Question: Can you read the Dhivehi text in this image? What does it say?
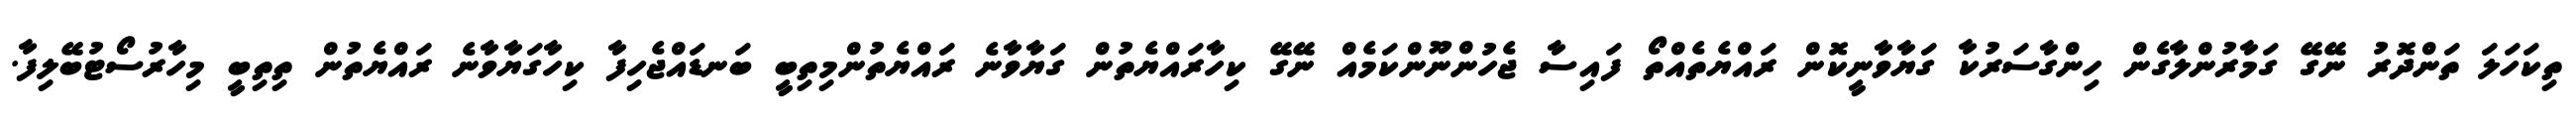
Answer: ތިކަހަލަ ތަންދޮރު ނޭގޭ ގަމާރުންލާގެން ހިންގާސަރުކާ ގަޔާވާނީކޮން ރައްޔެތެއްތޯ ފައިސާ ޖެހުންނޫންކަމެއް ނޭގޭ ކިހާރައްޔެތުން ގަޔާވާނެ ރައްޔެތުންމިތިބީ ބަނޑައްޖެހިފާ ކިހާގަޔާވާނެ ރައްޔެތުން ތިތިބީ މިހާރުސޯޓުބޭލިފާ.